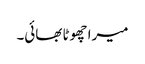
میرا چھوٹا بھائی۔